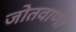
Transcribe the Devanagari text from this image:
जोतवाणी